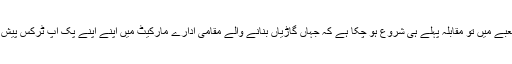
پک اپ کے شعبے میں تو مقابلہ پہلے ہی شروع ہو چکا ہے کہ جہاں گاڑیاں بنانے والے مقامی ادارے مارکیٹ میں اپنے اپنے پک اپ ٹرکس پیش کر چکے ہیں۔